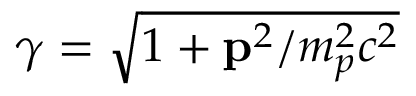
\gamma = \sqrt { 1 + { \bf p } ^ { 2 } / m _ { p } ^ { 2 } c ^ { 2 } }